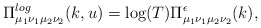
\begin{align*}\Pi_{\mu_1\nu_1\mu_2\nu_2}^{log}(k,u) = \log(T) \Pi_{\mu_1\nu_1\mu_2\nu_2}^{\epsilon}(k),\end{align*}